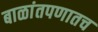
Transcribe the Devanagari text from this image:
बाळांतपणातच